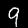
Label: 9